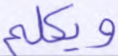
ويكلم